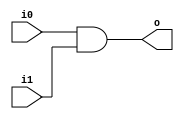
module and2 (input wire i0, i1, output wire o);
	assign o = i0 & i1;
endmodule

module or2 (input wire i0, i1, output wire o);
	assign o = i0 | i1;
endmodule

module xor2 (input wire i0, i1, output wire o);
	assign o = i0 ^ i1;
endmodule

module xor3 (input wire i0, i1, i2, output wire o);
	wire temp;
	xor2 xor2_0 (i0, i1, temp);
	xor2 xor2_1 (i2, temp, o);
endmodule

module triangle (input wire a, b, output wire p, g);
	or2 or_1 (a, b, p);
	and2 and_1 (a, b, g);
endmodule

module box (input wire pi, gi, pj, gj, output wire P, G);
	wire temp;
	and2 and_1 (pi, pj, P);
	and2 and_2 (pi, gj, temp);
	or2 or_0 (gi, temp, G);
endmodule

module circle (input wire a, b, gi, output wire s);
	xor3 xor3_1 (a, b, gi, s);
endmodule

module addsub16 (input wire [15:0] a, b, input wire cin, output wire [15:0] S);
	wire [15:0] p, g;
	wire [15:0] b_res;
	xor2 xor_0 (b[0], cin, b_res[0]);
	xor2 xor_1 (b[1], cin, b_res[1]);
	xor2 xor_2 (b[2], cin, b_res[2]);
	xor2 xor_3 (b[3], cin, b_res[3]);
	xor2 xor_4 (b[4], cin, b_res[4]);
	xor2 xor_5 (b[5], cin, b_res[5]);
	xor2 xor_6 (b[6], cin, b_res[6]);
	xor2 xor_7 (b[7], cin, b_res[7]);
	xor2 xor_8 (b[8], cin, b_res[8]);
	xor2 xor_9 (b[9], cin, b_res[9]);
	xor2 xor_10 (b[10], cin, b_res[10]);
	xor2 xor_11 (b[11], cin, b_res[11]);
	xor2 xor_12 (b[12], cin, b_res[12]);
	xor2 xor_13 (b[13], cin, b_res[13]);
	xor2 xor_14 (b[14], cin, b_res[14]);
	xor2 xor_15 (b[15], cin, b_res[15]);
	triangle triangle_0 (a[0], b_res[0], p[0], g[0]);
	triangle triangle_1 (a[1], b_res[1], p[1], g[1]);
	triangle triangle_2 (a[2], b_res[2], p[2], g[2]);
	triangle triangle_3 (a[3], b_res[3], p[3], g[3]);
	triangle triangle_4 (a[4], b_res[4], p[4], g[4]);
	triangle triangle_5 (a[5], b_res[5], p[5], g[5]);
	triangle triangle_6 (a[6], b_res[6], p[6], g[6]);
	triangle triangle_7 (a[7], b_res[7], p[7], g[7]);
	triangle triangle_8 (a[8], b_res[8], p[8], g[8]);
	triangle triangle_9 (a[9], b_res[9], p[9], g[9]);
	triangle triangle_10 (a[10], b_res[10], p[10], g[10]);
	triangle triangle_11 (a[11], b_res[11], p[11], g[11]);
	triangle triangle_12 (a[12], b_res[12], p[12], g[12]);
	triangle triangle_13 (a[13], b_res[13], p[13], g[13]);
	triangle triangle_14 (a[14], b_res[14], p[14], g[14]);
	triangle triangle_15 (a[15], b_res[15], p[15], g[15]);
	wire [7:0] lvl1_P, lvl1_G;
	box box_lvl1_0 (p[0], g[0], 1'b0, cin, lvl1_P[0], lvl1_G[0]);
	box box_lvl1_1 (p[2], g[2], p[1], g[1], lvl1_P[1], lvl1_G[1]);
	box box_lvl1_2 (p[4], g[4], p[3], g[3], lvl1_P[2], lvl1_G[2]);
	box box_lvl1_3 (p[6], g[6], p[5], g[5], lvl1_P[3], lvl1_G[3]);
	box box_lvl1_4 (p[8], g[8], p[7], g[7], lvl1_P[4], lvl1_G[4]);
	box box_lvl1_5 (p[10], g[10], p[9], g[9], lvl1_P[5], lvl1_G[5]);
	box box_lvl1_6 (p[12], g[12], p[11], g[11], lvl1_P[6], lvl1_G[6]);
	box box_lvl1_7 (p[14], g[14], p[13], g[13], lvl1_P[7], lvl1_G[7]);
	wire [7:0] lvl2_P, lvl2_G;
	box box_lvl2_0 (p[1], g[1], lvl1_P[0], lvl1_G[0], lvl2_P[0], lvl2_G[0]);
	box box_lvl2_1 (lvl1_P[1], lvl1_G[1], lvl1_P[0], lvl1_G[0], lvl2_P[1], lvl2_G[1]);
	box box_lvl2_2 (p[5], g[5], lvl1_P[2], lvl1_G[2], lvl2_P[2], lvl2_G[2]);
	box box_lvl2_3 (lvl1_P[3], lvl1_G[3], lvl1_P[2], lvl1_G[2], lvl2_P[3], lvl2_G[3]);
	box box_lvl2_4 (p[9], g[9], lvl1_P[4], lvl1_G[4], lvl2_P[4], lvl2_G[4]);
	box box_lvl2_5 (lvl1_P[5], lvl1_G[5], lvl1_P[4], lvl1_G[4], lvl2_P[5], lvl2_G[5]);
	box box_lvl2_6 (p[13], g[13], lvl1_P[6], lvl1_G[6], lvl2_P[6], lvl2_G[6]);
	box box_lvl2_7 (lvl1_P[7], lvl1_G[7], lvl1_P[6], lvl1_G[6], lvl2_P[7], lvl2_G[7]);
	wire [7:0] lvl3_P, lvl3_G;
	box box_lvl3_0 (p[3], g[3], lvl2_P[1], lvl2_G[1], lvl3_P[0], lvl3_G[0]);
	box box_lvl3_1 (lvl1_P[2], lvl1_G[2], lvl2_P[1], lvl2_G[1], lvl3_P[1], lvl3_G[1]);
	box box_lvl3_2 (lvl2_P[2], lvl2_G[2], lvl2_P[1], lvl2_G[1], lvl3_P[2], lvl3_G[2]);
	box box_lvl3_3 (lvl2_P[3], lvl2_G[3], lvl2_P[1], lvl2_G[1], lvl3_P[3], lvl3_G[3]);
	box box_lvl3_4 (p[11], g[11], lvl2_P[5], lvl2_G[5], lvl3_P[4], lvl3_G[4]);
	box box_lvl3_5 (lvl1_P[6], lvl1_G[6], lvl2_P[5], lvl2_G[5], lvl3_P[5], lvl3_G[5]);
	box box_lvl3_6 (lvl2_P[6], lvl2_G[6], lvl2_P[5], lvl2_G[5], lvl3_P[6], lvl3_G[6]);
	box box_lvl3_7 (lvl2_P[7], lvl2_G[7], lvl2_P[5], lvl2_G[5], lvl3_P[7], lvl3_G[7]);
	wire [7:0] lvl4_P, lvl4_G;
	box box_lvl4_0 (p[7], g[7], lvl3_P[3], lvl3_G[3], lvl4_P[0], lvl4_G[0]);
	box box_lvl4_1 (lvl1_P[4], lvl1_G[4], lvl3_P[3], lvl3_G[3], lvl4_P[1], lvl4_G[1]);
	box box_lvl4_2 (lvl2_P[4], lvl2_G[4], lvl3_P[3], lvl3_G[3], lvl4_P[2], lvl4_G[2]);
	box box_lvl4_3 (lvl2_P[5], lvl2_G[5], lvl3_P[3], lvl3_G[3], lvl4_P[3], lvl4_G[3]);
	box box_lvl4_4 (lvl3_P[4], lvl3_G[4], lvl3_P[3], lvl3_G[3], lvl4_P[4], lvl4_G[4]);
	box box_lvl4_5 (lvl3_P[5], lvl3_G[5], lvl3_P[3], lvl3_G[3], lvl4_P[5], lvl4_G[5]);
	box box_lvl4_6 (lvl3_P[6], lvl3_G[6], lvl3_P[3], lvl3_G[3], lvl4_P[6], lvl4_G[6]);
	box box_lvl4_7 (lvl3_P[7], lvl3_G[7], lvl3_P[3], lvl3_G[3], lvl4_P[7], lvl4_G[7]);
	circle circle_0 (a[0], b_res[0], cin, S[0]);
	circle circle_1 (a[1], b_res[1], lvl1_G[0], S[1]);
	circle circle_2 (a[2], b_res[2], lvl2_G[0], S[2]);
	circle circle_3 (a[3], b_res[3], lvl2_G[1], S[3]);
	circle circle_4 (a[4], b_res[4], lvl3_G[0], S[4]);
	circle circle_5 (a[5], b_res[5], lvl3_G[1], S[5]);
	circle circle_6 (a[6], b_res[6], lvl3_G[2], S[6]);
	circle circle_7 (a[7], b_res[7], lvl3_G[3], S[7]);
	circle circle_8 (a[8], b_res[8], lvl4_G[0], S[8]);
	circle circle_9 (a[9], b_res[9], lvl4_G[1], S[9]);
	circle circle_10 (a[10], b_res[10], lvl4_G[2], S[10]);
	circle circle_11 (a[11], b_res[11], lvl4_G[3], S[11]);
	circle circle_12 (a[12], b_res[12], lvl4_G[4], S[12]);
	circle circle_13 (a[13], b_res[13], lvl4_G[5], S[13]);
	circle circle_14 (a[14], b_res[14], lvl4_G[6], S[14]);
	circle circle_15 (a[15], b_res[15], lvl4_G[7], S[15]);
endmodule